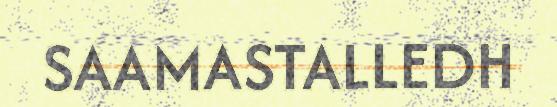
SAAMASTALLEDH